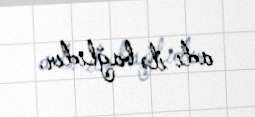
adı ilə bağlıdır.